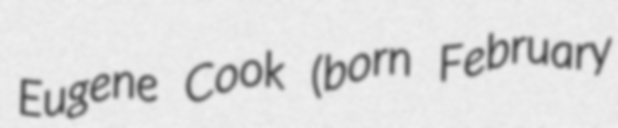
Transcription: Eugene Cook (born February